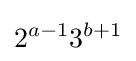
2^{a-1}3^{b+1}